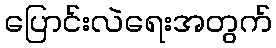
ပြောင်းလဲရေးအတွက်